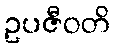
ဥပဇီဝတိ